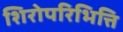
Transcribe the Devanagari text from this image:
शिरोपरिभित्ति